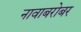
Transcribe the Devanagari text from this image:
नावाबरोबर